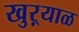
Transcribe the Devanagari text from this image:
खुऱ्‍याळ